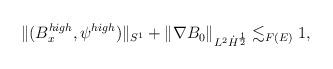
LaTeX: \begin{align*} \begin{aligned}\| (B_x^{high}, \psi^{high}) \|_{S^1}+ \| \nabla B_0\|_{L^2 \dot H^\frac12} \lesssim_{F(E)} 1,\end{aligned}\end{align*}